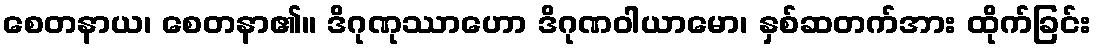
စေတနာယ၊ စေတနာ၏။ ဒိဂုဏုဿာဟော ဒိဂုဏဝါယာမော၊ နှစ်ဆတက်အား ထိုက်ခြင်း